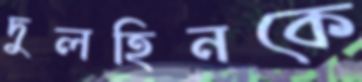
দুলহিনকে